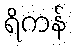
ရိကန်